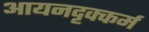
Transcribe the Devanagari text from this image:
आयनदृक्कर्म